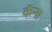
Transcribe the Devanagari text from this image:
कॅना